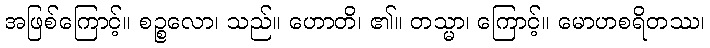
အဖြစ်ကြောင့်။ စဉ္စလော၊ သည်။ ဟောတိ၊ ၏။ တသ္မာ၊ ကြောင့်။ မောဟစရိတဿ၊